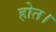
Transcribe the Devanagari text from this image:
होत।